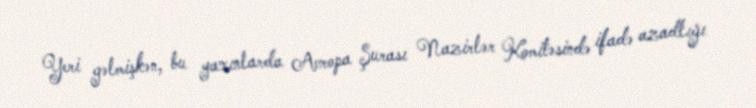
Yeri gəlmişkən, bu yaxınlarda Avropa Şurası Nazirlər Komitəsində ifadə azadlığı